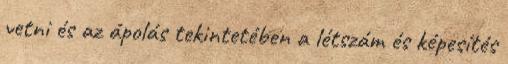
vetni és az ápolás tekintetében a létszám és képesítés